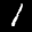
Label: 1